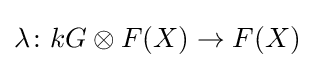
\lambda \colon kG\otimes F(X)\to F(X)